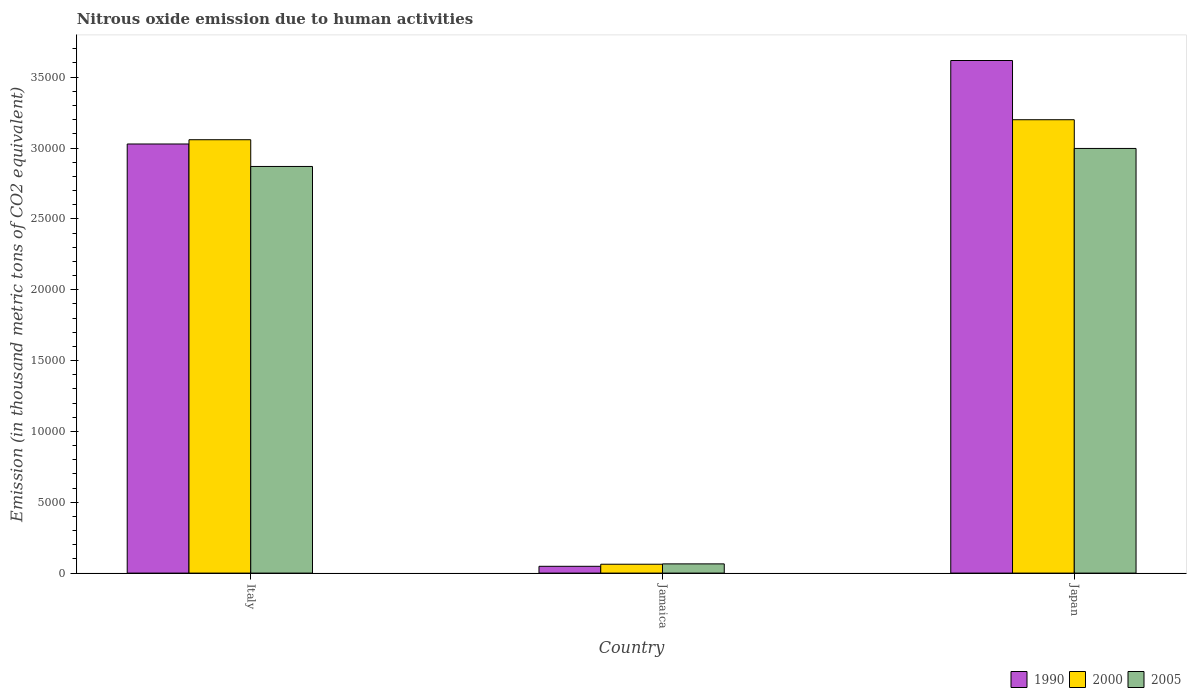
| Country | 1990 | 2000 | 2005 |
 | --- | --- | --- | --- |
 | Italy | 3.03e+04 | 3.06e+04 | 2.87e+04 |
 | Jamaica | 479 | 626 | 650 |
 | Japan | 3.62e+04 | 3.2e+04 | 3e+04 |